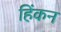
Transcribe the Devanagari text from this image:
हिंकन